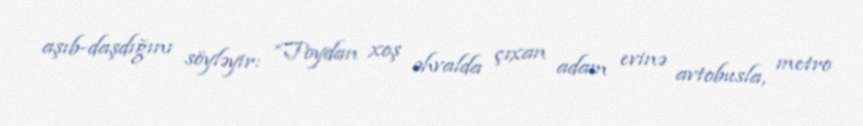
aşıb-daşdığını söyləyir: “Toydan xoş əhvalda çıxan adam evinə avtobusla, metro